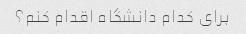
برای کدام دانشگاه اقدام کنم؟